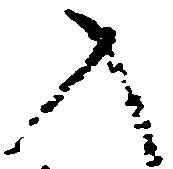
入